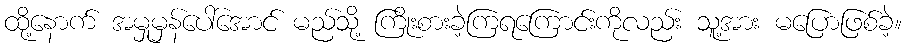
ထို့နောက် အမှုမှန်ပေါ်အောင် မည်သို့ ကြိုးစားခဲ့ကြရကြောင်းကိုလည်း သူ့အား မပြောဖြစ်ခဲ့။